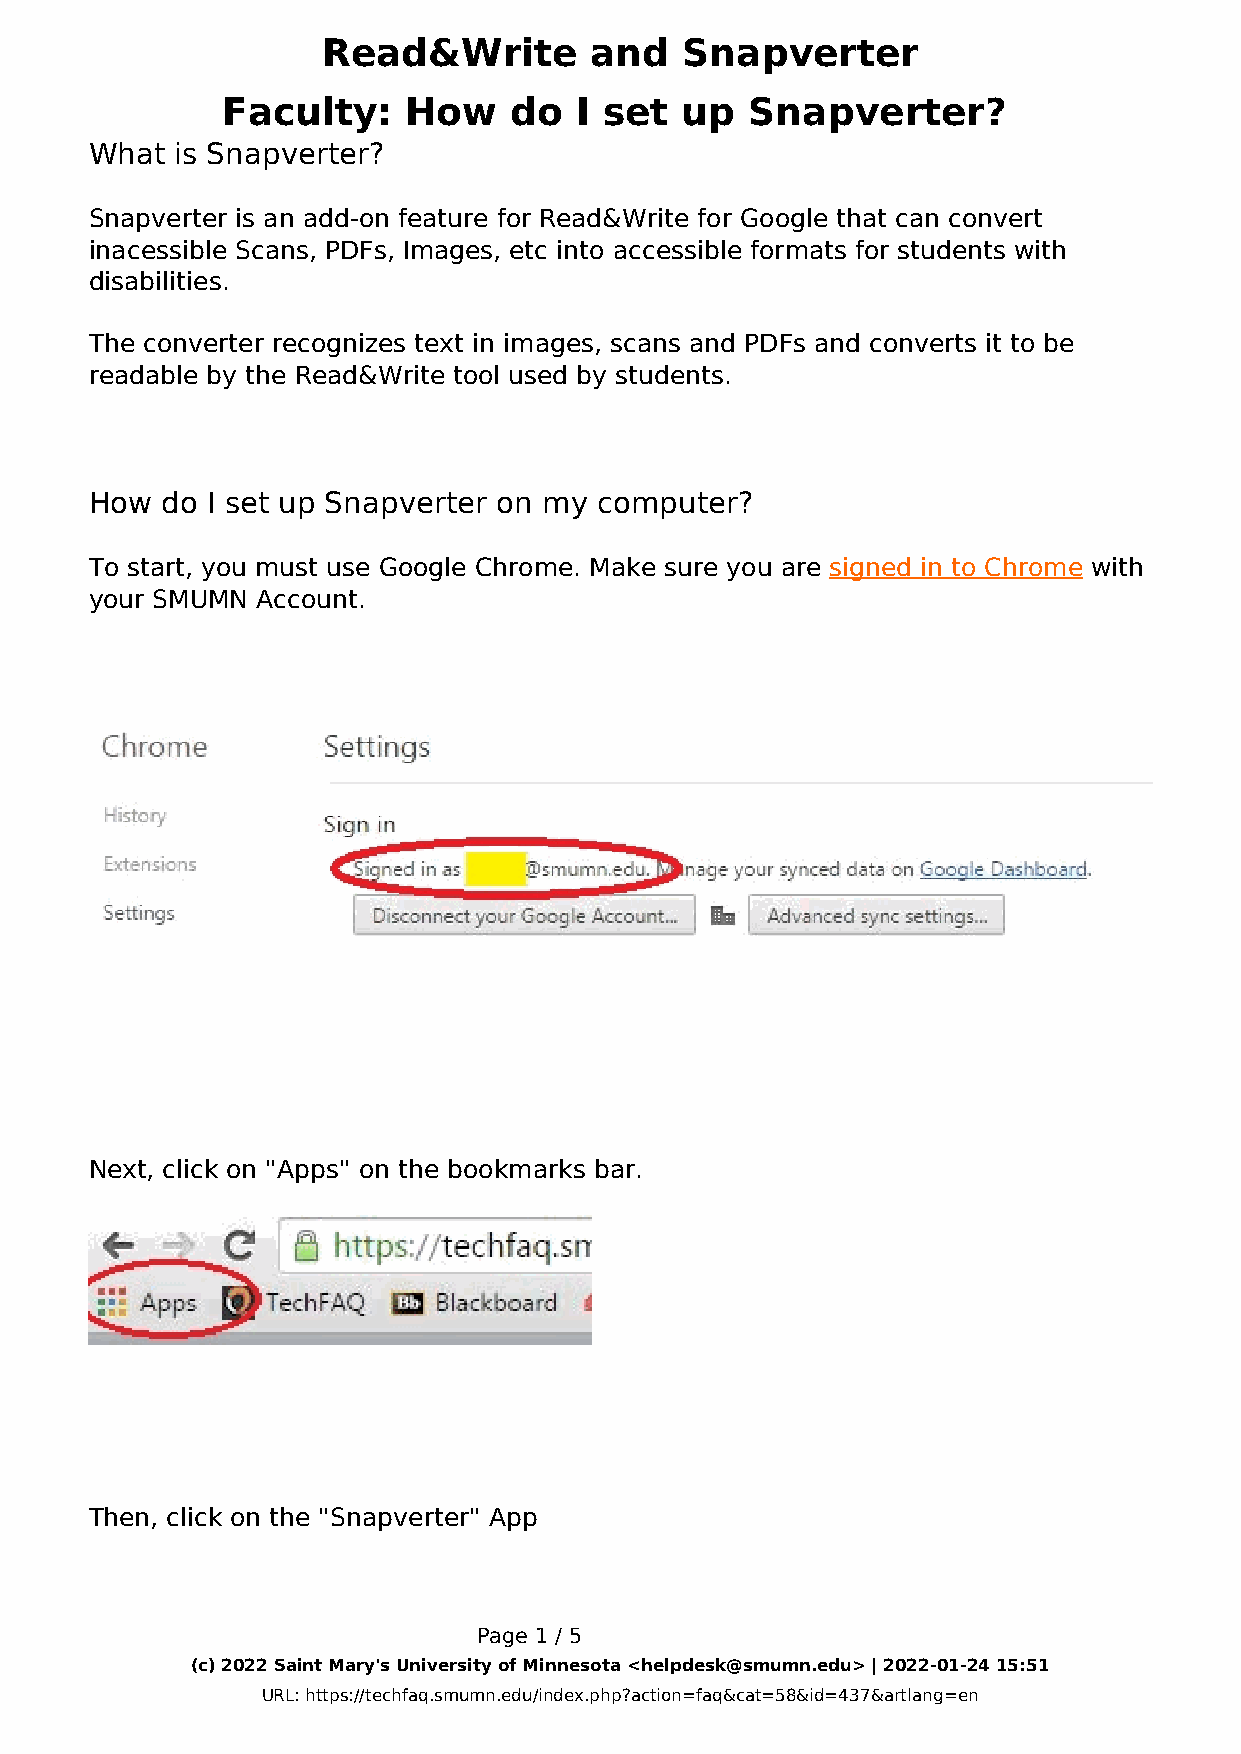
Read&Write        and   Snapverter
 Faculty:    How    do  I set  up   Snapverter?
 What  is Snapverter?
 Snapverter is an add-on feature for Read&Write for Google that can convert
 inacessible Scans, PDFs, Images, etc into accessible formats for students with
 disabilities.
 The converter recognizes text in images, scans and PDFs and converts it to be
 readable by the Read&Write tool used by students.
 How  do I set up Snapverter on my computer?
 To start, you must use Google Chrome. Make sure you are signed in to Chrome with
 your SMUMN Account.
 Next, click on "Apps" on the bookmarks bar.
 Then, click on the "Snapverter" App
 Page 1 / 5
 (c) 2022 Saint Mary's University of Minnesota <helpdesk@smumn.edu> | 2022-01-24 15:51
 URL: https://techfaq.smumn.edu/index.php?action=faq&cat=58&id=437&artlang=en